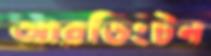
আরডিংটন